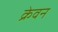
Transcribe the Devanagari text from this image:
क्रेवन